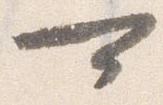
可